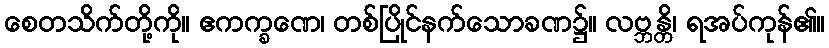
စေတသိက်တို့ကို။ ဧကက္ခဏေ၊ တစ်ပြိုင်နက်သောခဏ၌။ လဗ္ဘန္တိ၊ ရအပ်ကုန်၏။